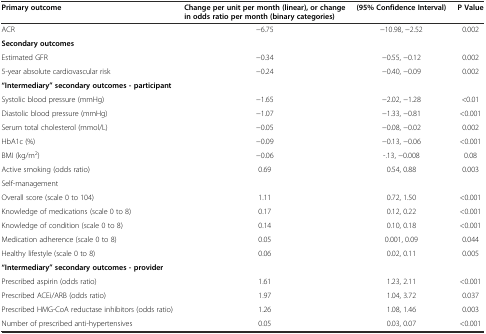
<table><thead><tr><td><b>Primary outcome</b></td><td><b>Change per unit per month (linear), or change in odds ratio per month (binary categories)</b></td><td><b>(95% Confidence Interval)</b></td><td><b>P Value</b></td></tr></thead><tbody><tr><td>ACR</td><td>−6.75</td><td>−10.98, −2.52</td><td>0.002</td></tr><tr><td><b>Secondary outcomes</b></td><td></td><td></td><td></td></tr><tr><td>Estimated GFR</td><td>−0.34</td><td>−0.55, −0.12</td><td>0.002</td></tr><tr><td>5-year absolute cardiovascular risk</td><td>−0.24</td><td>−0.40, −0.09</td><td>0.002</td></tr><tr><td><b>“Intermediary” secondary outcomes - participant</b></td><td></td><td></td><td></td></tr><tr><td>Systolic blood pressure (mmHg)</td><td>−1.65</td><td>−2.02, −1.28</td><td>&lt;0.01</td></tr><tr><td>Diastolic blood pressure (mmHg)</td><td>−1.07</td><td>−1.33, −0.81</td><td>&lt;0.001</td></tr><tr><td>Serum total cholesterol (mmol/L)</td><td>−0.05</td><td>−0.08, −0.02</td><td>0.002</td></tr><tr><td>HbA1c (%)</td><td>−0.09</td><td>−0.13, −0.06</td><td>&lt;0.001</td></tr><tr><td>BMI (kg/m<sup>2</sup>)</td><td>−0.06</td><td>-.13, −0.008</td><td>0.08</td></tr><tr><td>Active smoking (odds ratio)</td><td>0.69</td><td>0.54, 0.88</td><td>0.003</td></tr><tr><td>Self-management</td><td></td><td></td><td></td></tr><tr><td>Overall score (scale 0 to 104)</td><td>1.11</td><td>0.72, 1.50</td><td>&lt;0.001</td></tr><tr><td>Knowledge of medications (scale 0 to 8)</td><td>0.17</td><td>0.12, 0.22</td><td>&lt;0.001</td></tr><tr><td>Knowledge of condition (scale 0 to 8)</td><td>0.14</td><td>0.10, 0.18</td><td>&lt;0.001</td></tr><tr><td>Medication adherence (scale 0 to 8)</td><td>0.05</td><td>0.001, 0.09</td><td>0.044</td></tr><tr><td>Healthy lifestyle (scale 0 to 8)</td><td>0.06</td><td>0.02, 0.11</td><td>0.005</td></tr><tr><td><b>“Intermediary” secondary outcomes - provider</b></td><td></td><td></td><td></td></tr><tr><td>Prescribed aspirin (odds ratio)</td><td>1.61</td><td>1.23, 2.11</td><td>&lt;0.001</td></tr><tr><td>Prescribed ACEi/ARB (odds ratio)</td><td>1.97</td><td>1.04, 3.72</td><td>0.037</td></tr><tr><td>Prescribed HMG-CoA reductase inhibitors (odds ratio)</td><td>1.26</td><td>1.08, 1.46</td><td>0.003</td></tr><tr><td>Number of prescribed anti-hypertensives</td><td>0.05</td><td>0.03, 0.07</td><td>&lt;0.001</td></tr></tbody></table>